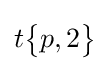
t{\begin{Bmatrix}p,2\end{Bmatrix}}